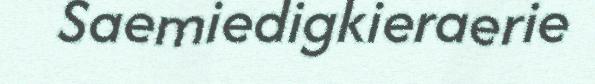
Saemiedigkieraerie